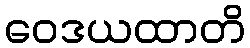
ဝေဒယထာတိ